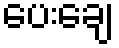
ပေးချေ